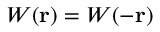
W ( \boldsymbol { \mathbf { r } } ) = W ( - \boldsymbol { \mathbf { r } } )